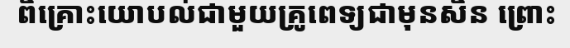
ពិគ្រោះយោបល់ជាមួយគ្រូពេទ្យជាមុនសិន ព្រោះ